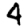
Digit: 4